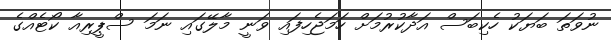
ނުވަތަ ބަޔަކު ހެކިބަސް އަދާކުރުމަށް ހަމަޖެހިފައި ވަނީ މާލޭގައި ނަމަ ސްޕީރިއާ ކޯޓެއްގެ